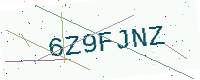
Text: 6Z9FJNZ